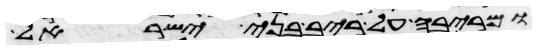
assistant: ומריבה על ריב בני ישראל